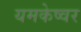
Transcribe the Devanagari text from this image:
यमकेष्वर